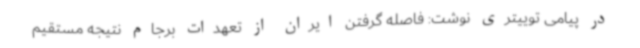
در پیامی توییتری نوشت: فاصله گرفتن ایران از تعهدات برجام نتیجه مستقیم